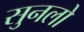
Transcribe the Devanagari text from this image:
सुनलो